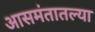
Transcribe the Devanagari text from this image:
आसमंतातल्या